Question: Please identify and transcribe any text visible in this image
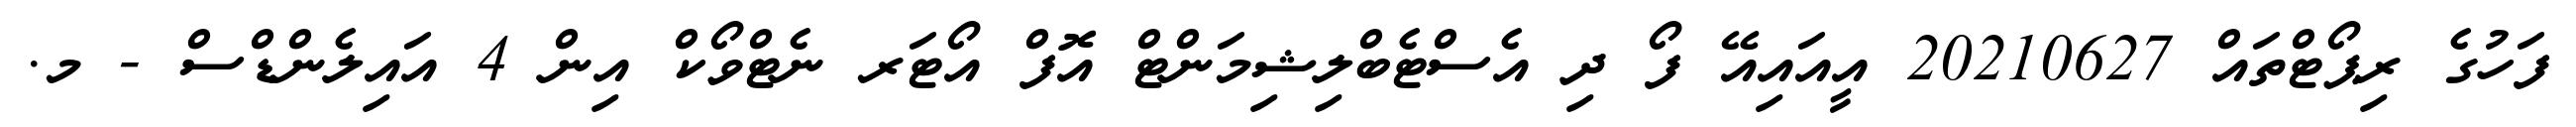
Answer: ފަހުގެ ރިޕޯޓްތައް 20210627 އީއައިއޭ ފޯ ދި އެސްޓެބްލިޝިމަންޓް އޮފް އޯޓަރ ނެޓްވޯކް އިން 4 އައިލެންޑްސް - މ.